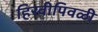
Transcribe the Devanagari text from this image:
हिरवीपिवळी